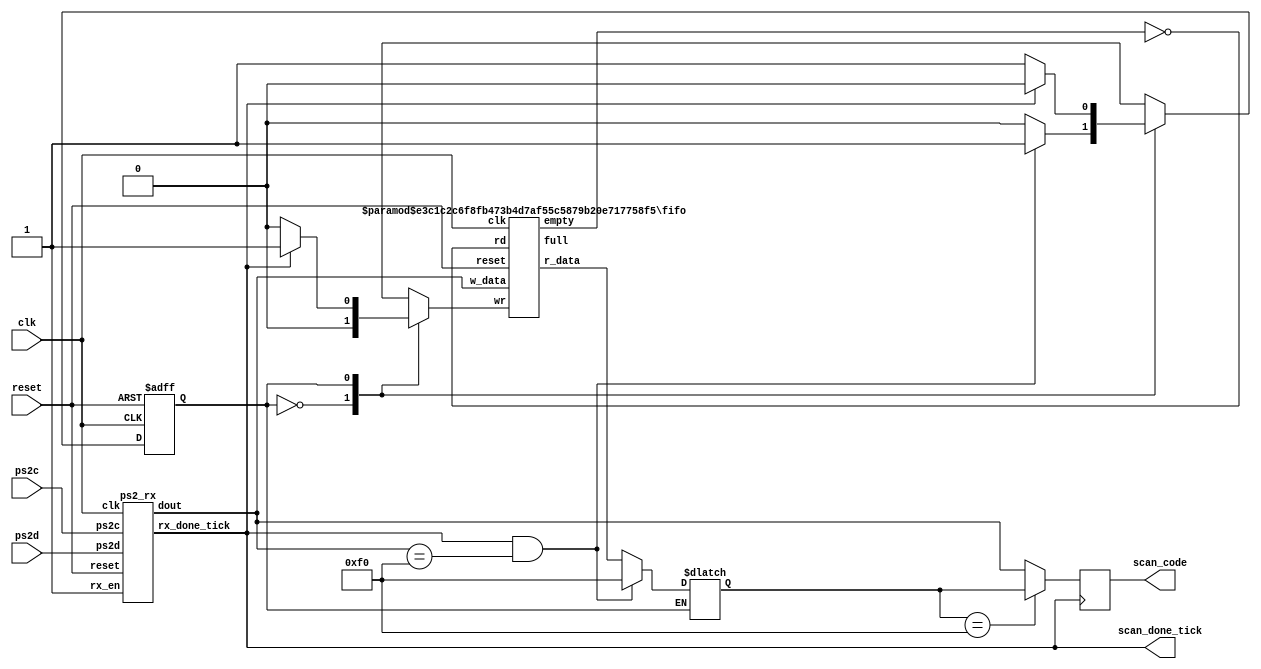
`timescale 1ns / 1ps
//////////////////////////////////////////////////////////////////////////////////
// Company: 
// Engineer: 
// 
// Design Name: 
// Module Name: kb_code
// Project Name: 
// Target Devices: 
// Tool Versions: 
// Description: 
// 
// Dependencies: 
// 
// Revision:
// Revision 0.01 - File Created
// Additional Comments:
// 
//////////////////////////////////////////////////////////////////////////////////


module kb_code
    #(parameter W_SIZE = 2) //2^W_SIZE words in FIFO
    (
        input wire clk, reset,
        input wire ps2d, ps2c, 
        //rd_key_code,
      //  output wire [7:0] key_code,
        output reg [7:0] scan_code,
        output wire scan_done_tick
       // output wire kb_buf_empty
    );
    
    //constant declaration
    localparam BRK = 8'hf0; // break code
    
    //symbolic state declaration
    localparam
        wait_brk = 1'b0,
        get_code = 1'b1;
    
    // signal declaration
    reg state_reg, state_next;
    wire [7:0] scan_out;
    reg got_code_tick;
//    wire scan_done_tick;
    wire clk_50m;
    
    wire kb_not_empty, kb_buf_empty;
    
    wire [7:0] key_code;
    //body
    //==========================================================================
    // instantiation
    //==========================================================================
    
    //PS/2 receiver
    ps2_rx ps2_rx_unit
        (.clk(clk), .reset(reset), .rx_en(1'b1),
           .ps2d(ps2d), .ps2c(ps2c),
           .rx_done_tick(scan_done_tick), .dout(scan_out)); 
           
   //instantiate fifo buffer
   fifo #(.B(8), .W(W_SIZE)) fife_key_unit
   (.clk(clk), .reset(reset), .rd(kb_not_empty),
       .wr(got_code_tick) , .w_data(scan_out),
       .empty(kb_buf_empty), .full(),
       .r_data(key_code));
       
    assign kb_not_empty = ~kb_buf_empty;
       
    //reg [15:0] scan_code;
    reg [7:0] old;
   //==========================================================================
   // FSM to get the scan code after F0 received
   //==========================================================================
   // state registers
   always @(posedge clk, posedge reset)
       if (reset)
           state_reg <= wait_brk ;
       else
           state_reg <= state_next ;
   // next-state logic
    always @*
    begin
        got_code_tick = 1'b0;
        state_next = state_reg;
        case (state_reg)
            wait_brk: // wait for FO of break code
                if (scan_done_tick == 1'b1 && scan_out==BRK)
                begin
                    state_next = get_code ;
                    old = BRK;
                end
                else old = key_code;
            get_code: // get the following scan code
                if (scan_done_tick)
                begin
                    got_code_tick = 1'b1;
                    state_next = wait_brk;
                end
        endcase
    end
   always @(posedge scan_done_tick)
   begin
        if(old == 8'hf0)
            scan_code = old;
        else
            scan_code = scan_out;
//       old = key_code;
   end
   
endmodule
//Listing 9.1
module ps2_rx
   (
    input wire clk, reset,
    input wire ps2d, ps2c, rx_en,
    output reg rx_done_tick,
    output wire [7:0] dout
   );

   // symbolic state declaration
   localparam [1:0]
      idle = 2'b00,
      dps  = 2'b01,
      load = 2'b10;

   // signal declaration
   reg [1:0] state_reg, state_next;
   reg [7:0] filter_reg;
   wire [7:0] filter_next;
   reg f_ps2c_reg;
   wire f_ps2c_next;
   reg [3:0] n_reg, n_next;
   reg [10:0] b_reg, b_next;
   wire fall_edge;

   // body
   //=================================================
   // filter and falling-edge tick generation for ps2c
   //=================================================
   always @(posedge clk, posedge reset)
   if (reset)
      begin
         filter_reg <= 0;
         f_ps2c_reg <= 0;
      end
   else
      begin
         filter_reg <= filter_next;
         f_ps2c_reg <= f_ps2c_next;
      end

   assign filter_next = {ps2c, filter_reg[7:1]};
   assign f_ps2c_next = (filter_reg==8'b11111111) ? 1'b1 :
                        (filter_reg==8'b00000000) ? 1'b0 :
                         f_ps2c_reg;
   assign fall_edge = f_ps2c_reg & ~f_ps2c_next;

   //=================================================
   // FSMD
   //=================================================
   // FSMD state & data registers
   always @(posedge clk, posedge reset)
      if (reset)
         begin
            state_reg <= idle;
            n_reg <= 0;
            b_reg <= 0;
         end
      else
         begin
            state_reg <= state_next;
            n_reg <= n_next;
            b_reg <= b_next;
         end
   // FSMD next-state logic
   always @*
   begin
      state_next = state_reg;
      rx_done_tick = 1'b0;
      n_next = n_reg;
      b_next = b_reg;
      case (state_reg)
         idle:
            if (fall_edge & rx_en)
               begin
                  // shift in start bit
                  b_next = {ps2d, b_reg[10:1]};
                  n_next = 4'b1001;
                  state_next = dps;
               end
         dps: // 8 data + 1 parity + 1 stop
            if (fall_edge)
               begin
                  b_next = {ps2d, b_reg[10:1]};
                  if (n_reg==0)
                     state_next = load;
                  else
                     n_next = n_reg - 1;
               end
         load: // 1 extra clock to complete the last shift
            begin
               state_next = idle;
               rx_done_tick = 1'b1;
            end
      endcase
   end
   // output
   assign dout = b_reg[8:1]; // data bits

endmodule

// Listing 4.20
module fifo
   #(
    parameter B=8, // number of bits in a word
              W=4  // number of address bits
   )
   (
    input wire clk, reset,
    input wire rd, wr,
    input wire [B-1:0] w_data,
    output wire empty, full,
    output wire [B-1:0] r_data
   );

   //signal declaration
   reg [B-1:0] array_reg [2**W-1:0];  // register array
   reg [W-1:0] w_ptr_reg, w_ptr_next, w_ptr_succ;
   reg [W-1:0] r_ptr_reg, r_ptr_next, r_ptr_succ;
   reg full_reg, empty_reg, full_next, empty_next;
   wire wr_en;

   // body
   // register file write operation
   always @(posedge clk)
      if (wr_en)
         array_reg[w_ptr_reg] <= w_data;
   // register file read operation
   assign r_data = array_reg[r_ptr_reg];
   // write enabled only when FIFO is not full
   assign wr_en = wr & ~full_reg;

   // fifo control logic
   // register for read and write pointers
   always @(posedge clk, posedge reset)
      if (reset)
         begin
            w_ptr_reg <= 0;
            r_ptr_reg <= 0;
            full_reg <= 1'b0;
            empty_reg <= 1'b1;
         end
      else
         begin
            w_ptr_reg <= w_ptr_next;
            r_ptr_reg <= r_ptr_next;
            full_reg <= full_next;
            empty_reg <= empty_next;
         end

   // next-state logic for read and write pointers
   always @*
   begin
      // successive pointer values
      w_ptr_succ = w_ptr_reg + 1;
      r_ptr_succ = r_ptr_reg + 1;
      // default: keep old values
      w_ptr_next = w_ptr_reg;
      r_ptr_next = r_ptr_reg;
      full_next = full_reg;
      empty_next = empty_reg;
      case ({wr, rd})
         // 2'b00:  no op
         2'b01: // read
            if (~empty_reg) // not empty
               begin
                  r_ptr_next = r_ptr_succ;
                  full_next = 1'b0;
                  if (r_ptr_succ==w_ptr_reg)
                     empty_next = 1'b1;
               end
         2'b10: // write
            if (~full_reg) // not full
               begin
                  w_ptr_next = w_ptr_succ;
                  empty_next = 1'b0;
                  if (w_ptr_succ==r_ptr_reg)
                     full_next = 1'b1;
               end
         2'b11: // write and read
            begin
               w_ptr_next = w_ptr_succ;
               r_ptr_next = r_ptr_succ;
            end
      endcase
   end

   // output
   assign full = full_reg;
   assign empty = empty_reg;

endmodule